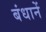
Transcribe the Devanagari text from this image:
बंधानें